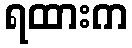
ရထားက